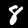
Label: 8